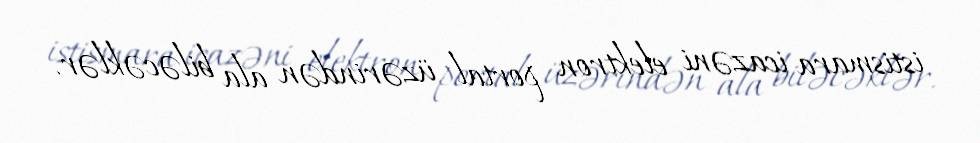
istismara icazəni elektron portal üzərindən ala biləcəklər.